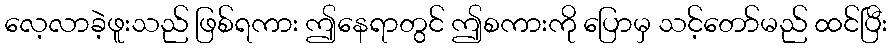
လေ့လာခဲ့ဖူးသည် ဖြစ်ရကား ဤနေရာတွင် ဤစကားကို ပြောမှ သင့်တော်မည် ထင်ပြီး